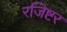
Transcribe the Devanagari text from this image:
रजिष्टर